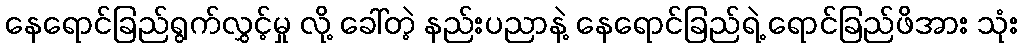
နေရောင်ခြည်ရွက်လွှင့်မှု လို့ ခေါ်တဲ့ နည်းပညာနဲ့ နေရောင်ခြည်ရဲ့ ရောင်ခြည်ဖိအား သုံး